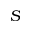
S